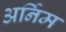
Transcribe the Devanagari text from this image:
अर्निम